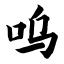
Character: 呜